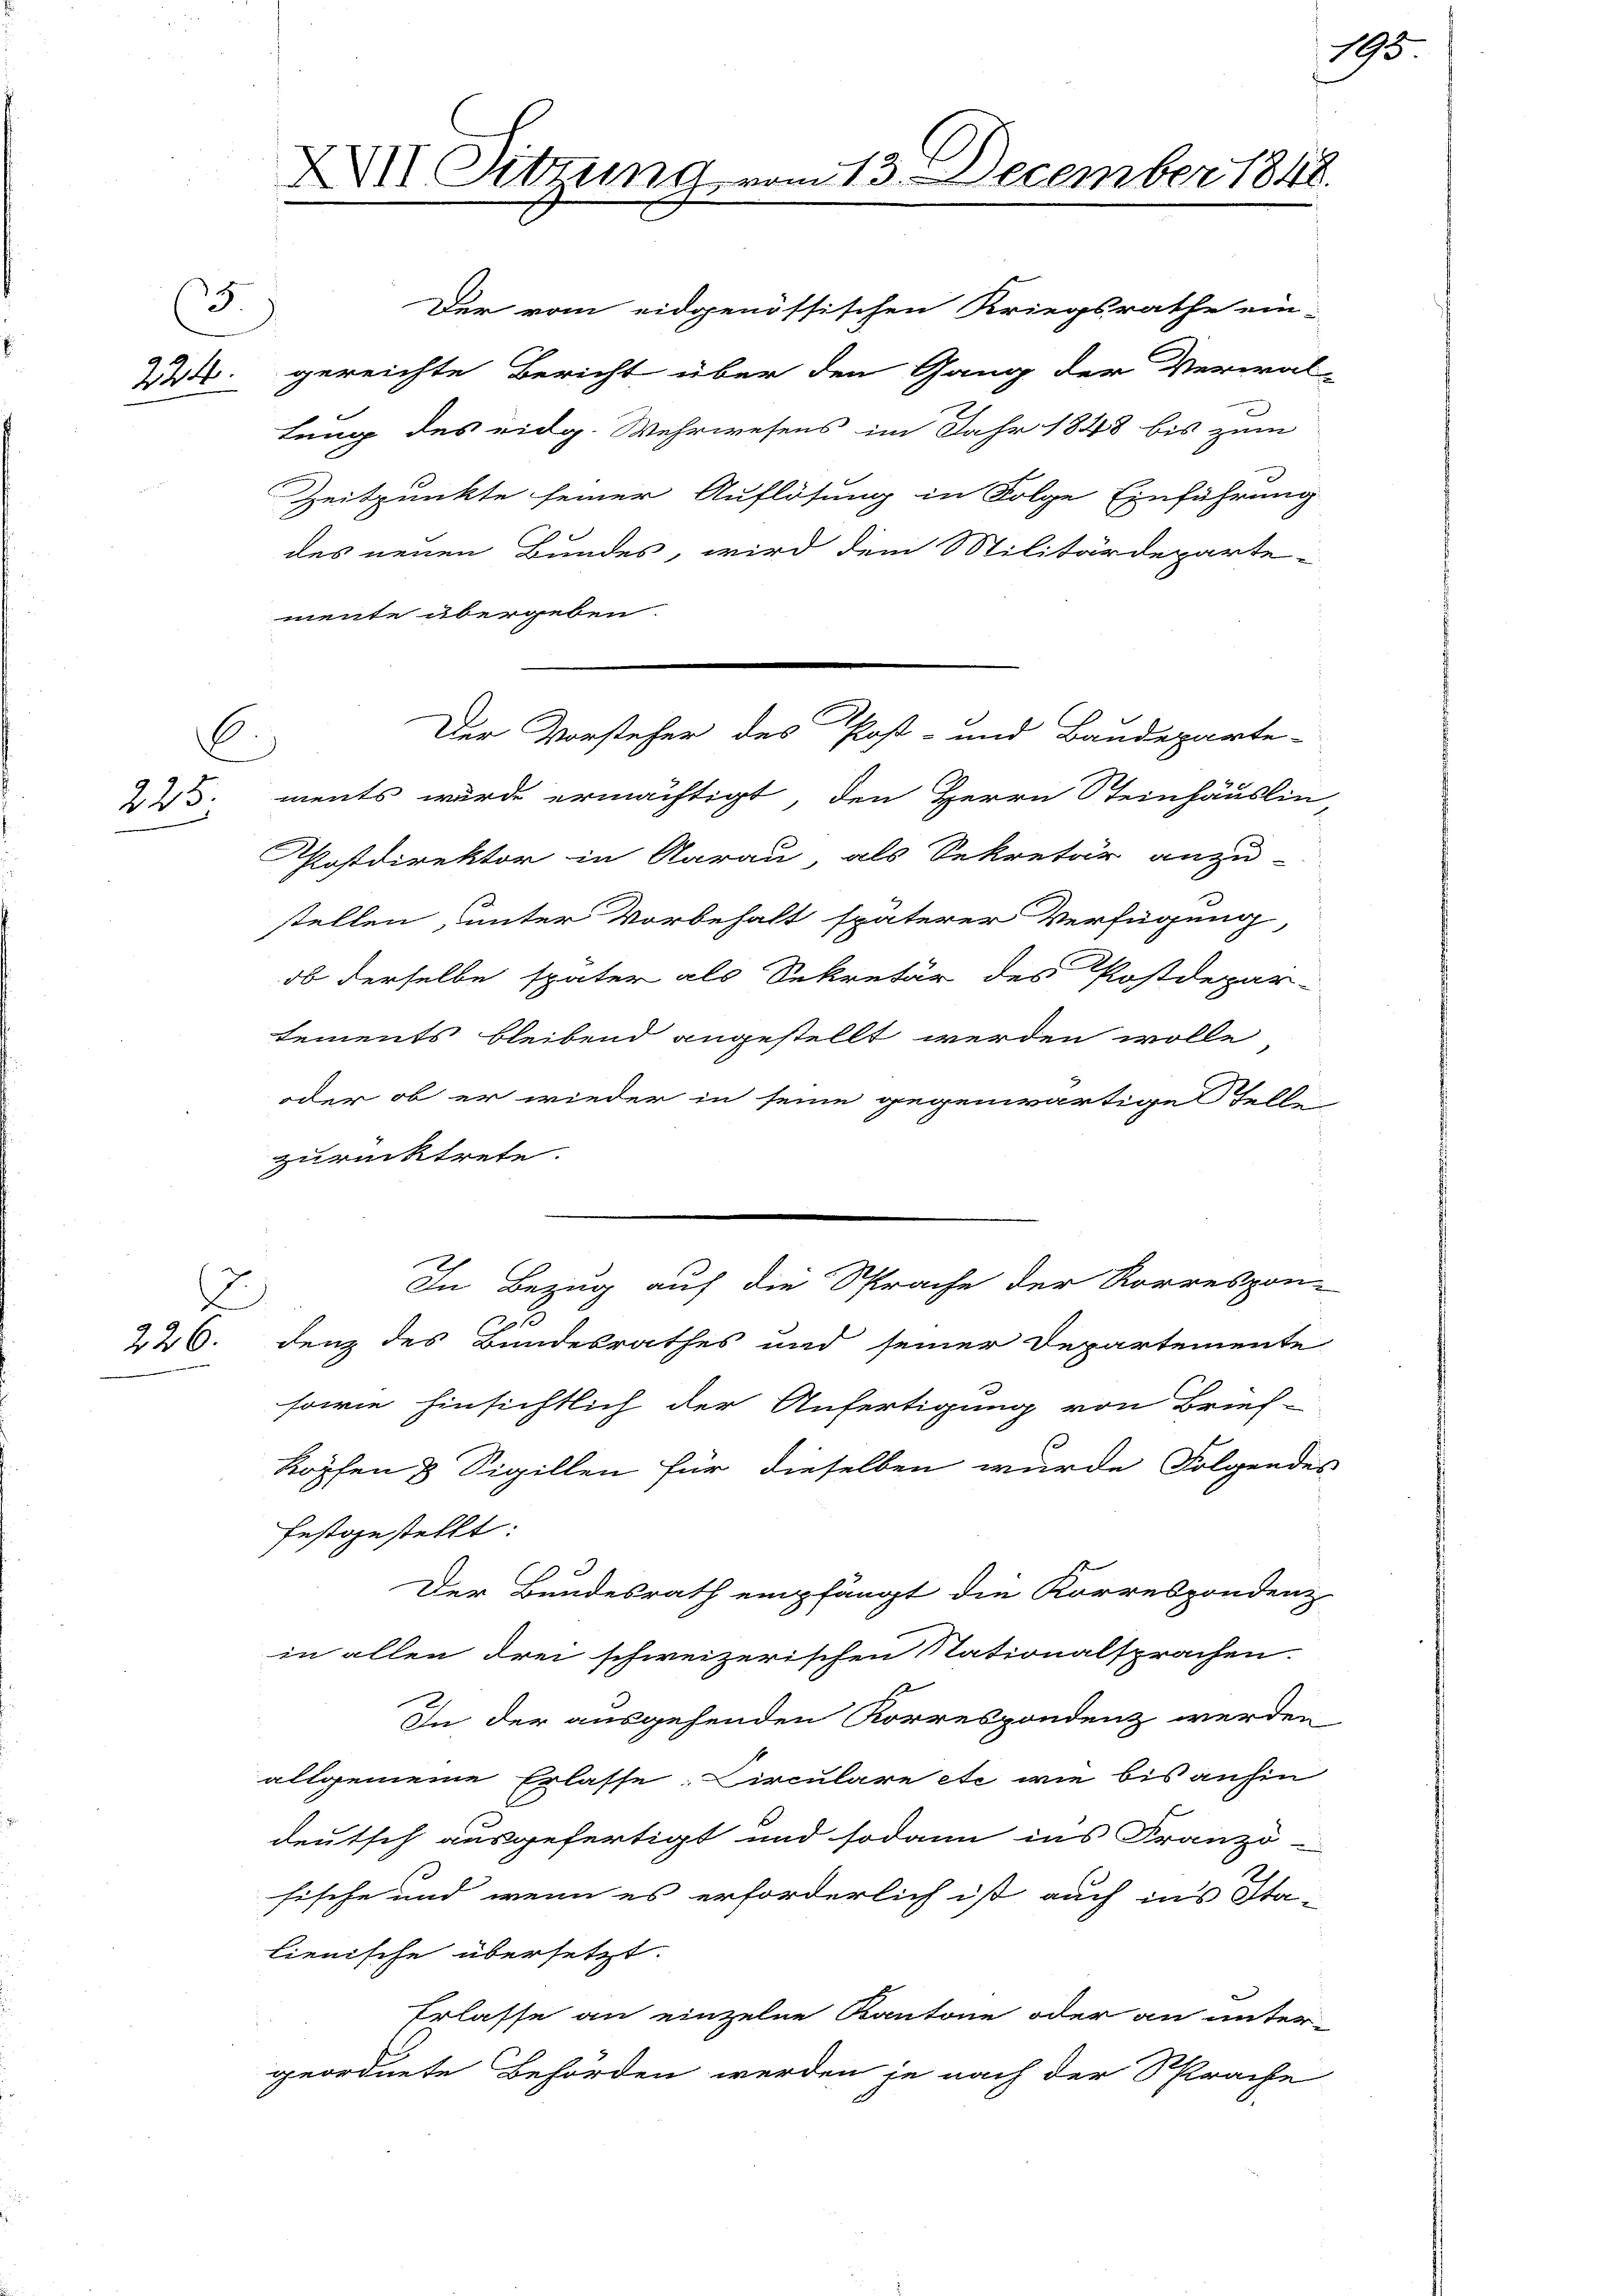
4

235.

C.)

E
226.

XXII Sitzung

Der vom eidgenössischen Kriegsrathe ein-
Wt. gereichte Bericht über den Gang der Verwal-
lung des eidg. Wehrwesens im Jahr 1848 bis zum
Zeitpunkte seiner Auflösung in Folge Einführung
des neuen Bundes, wird dem Militärdeparte-
mente übergeben.
ments wurde ermächtigt, den Herrn Steinhäuslin,
Postdirektor in Aarau, als Sekretär anzu-
stellen, unter Vorbehalt späterer Verfügung,
ob derselbe später als Sekretär des Postdepar-
tements bleibend angestellt werden wolle,
oder ob er wieder in seine gegenwärtige Schellin
zurücktrete.
In Bezug auf die Sprache der Korrespon-
2
denz des Bundesrathes und seiner Departemente
sowie hinsichtlich der Anfertigung von Brief-
Köpfen 8 Sigillen für dieselben wurde Folgendes
festgestellt:
Der Bundesrath empfängt die Korrespondenz
in allen drei schweizerischen Nationalsprachen.
In der ausgehenden Korrespondenz werden
allgemeine Erlasse: Circulare etc wie bis anhin
deutsch ausgefertigt und sodann ins Franzö-
fische und wenn es erforderlich ist auch ins Sta-
lienische übersetzt.
Erlasse an einzelne Kantone oder an unter-
geordnete Behörden werden je nach der Sprache

Der Vorsteher des Post- und Baudeparte-

vom 13. December 1848.

195